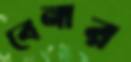
বেনার